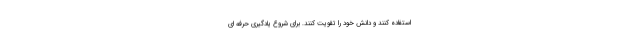
استفاده کنند و دانش خود را تقویت کنند. برای شروع یادگیری حرفه ای